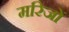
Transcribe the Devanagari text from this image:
मरिजों